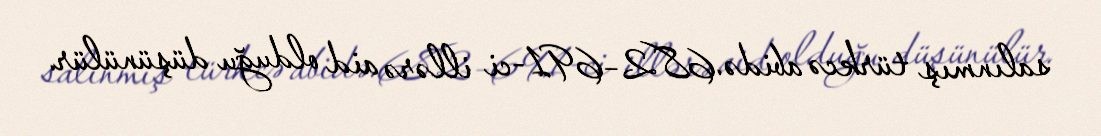
salınmış türkcə abidə.682–691-ci illərə aid olduğu düşünülür.